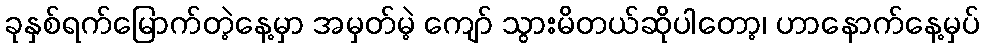
ခုနှစ်ရက်မြောက်တဲ့နေ့မှာ အမှတ်မဲ့ ကျော် သွားမိတယ်ဆိုပါတော့၊ ဟာနောက်နေ့မှပ်